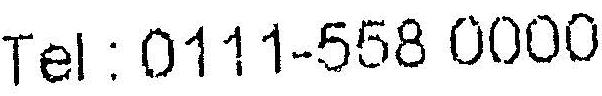
TEL : 0111-558 0000